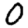
Digit: 0